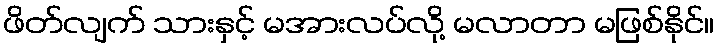
ဖိတ်လျက် သားနှင့် မအားလပ်လို့ မလာတာ မဖြစ်နိုင်။